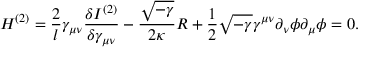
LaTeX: { \cal H } ^ { ( 2 ) } = \frac { 2 } { l } \gamma _ { \mu \nu } \frac { \delta I ^ { ( 2 ) } } { \delta \gamma _ { \mu \nu } } - \frac { \sqrt { - \gamma } } { 2 \kappa } R + \frac { 1 } { 2 } \sqrt { - \gamma } \gamma ^ { \mu \nu } \partial _ { \nu } \phi \partial _ { \mu } \phi = 0 .